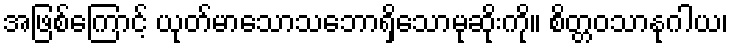
အဖြစ်ကြောင့် ယုတ်မာသောသဘောရှိသောမုဆိုးကို။ စိတ္တဝသာနုဂါယ၊